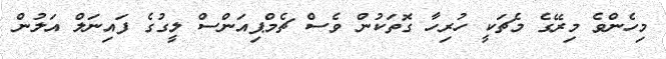
މިހެންވެ މިރޭގެ މެޗަކީ ހުރިހާ ގޮތަކުން ވެސް ޗެމްޕިއަންސް ލީގުގެ ފައިނަލް އަލުން